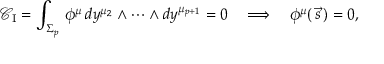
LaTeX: { \mathcal { C } } _ { \mathrm { I } } = \int _ { \Sigma _ { p } } \, \phi ^ { \mu } \, d y ^ { \mu _ { 2 } } \wedge \dots \wedge d y ^ { \mu _ { p + 1 } } = 0 \quad \Longrightarrow \quad \phi ^ { \mu } ( \, \vec { s } \, ) = 0 ,